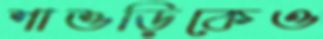
শাশুড়িকেও